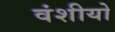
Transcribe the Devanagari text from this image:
वंशीयो